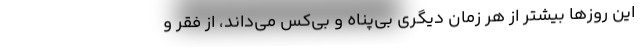
این روزها بیشتر از هر زمان دیگری بی‌پناه و بی‌کس می‌داند، از فقر و